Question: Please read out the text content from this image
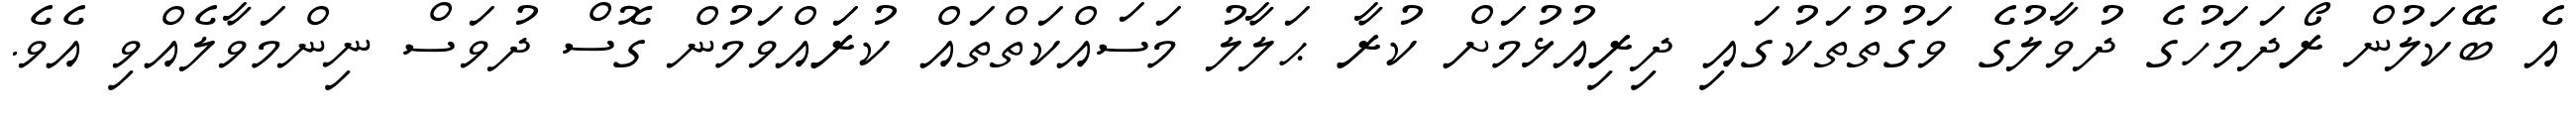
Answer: އެ ބޭކަލުން ރޯދަމަހުގެ ދުވާލުގެ ވަގުތުތަކުގައި ދިރިއުޅުމަށް ކުރާ ޙަލާލު މަސައްކަތްތައް ކުރައްވަމުން ގޮސް ދުވަސް ނިންމަވާލެއްވި އެވެ.